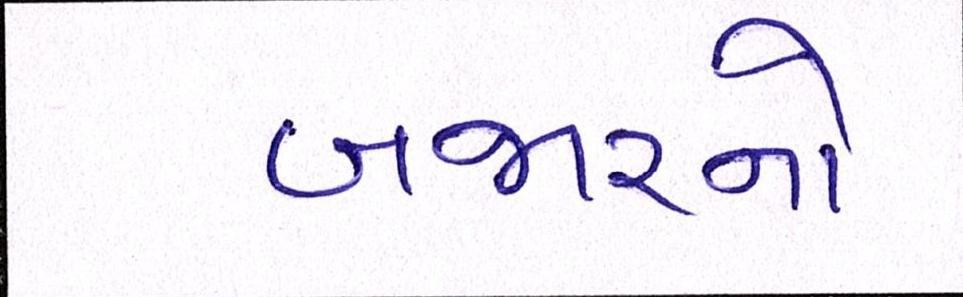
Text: બજારનો